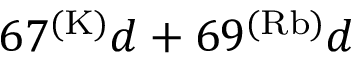
6 7 ^ { ( \mathrm { K ) } } d + 6 9 ^ { ( \mathrm { R b ) } } d